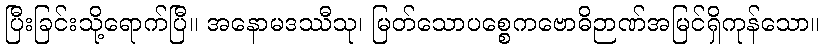
ပြီးခြင်းသို့ရောက်ပြီ။ အနောမဒဿီသု၊ မြတ်သောပစ္စေကဗောဓိဉာဏ်အမြင်ရှိကုန်သော။